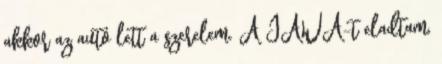
akkor az autó lett a szerelem. A JAWA-t eladtam,